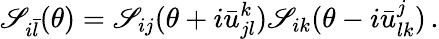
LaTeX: \mathscr{S}_{i\bar{{l}}}(\theta)=\mathscr{S}_{ij}(\theta+i\bar{{u}}_{jl}^{k})\mathscr{S}_{ik}(\theta-i\bar{{u}}_{lk}^{j})\, .